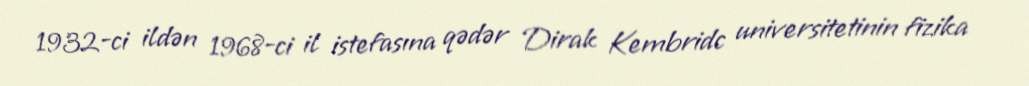
1932-ci ildən 1968-ci il istefasına qədər Dirak Kembridc universitetinin fizika